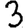
Digit: 3